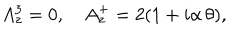
A _ { z } ^ { 3 } = 0 , A _ { z } ^ { + } = 2 ( 1 + i \alpha \, \theta ) ,